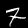
Digit: 7